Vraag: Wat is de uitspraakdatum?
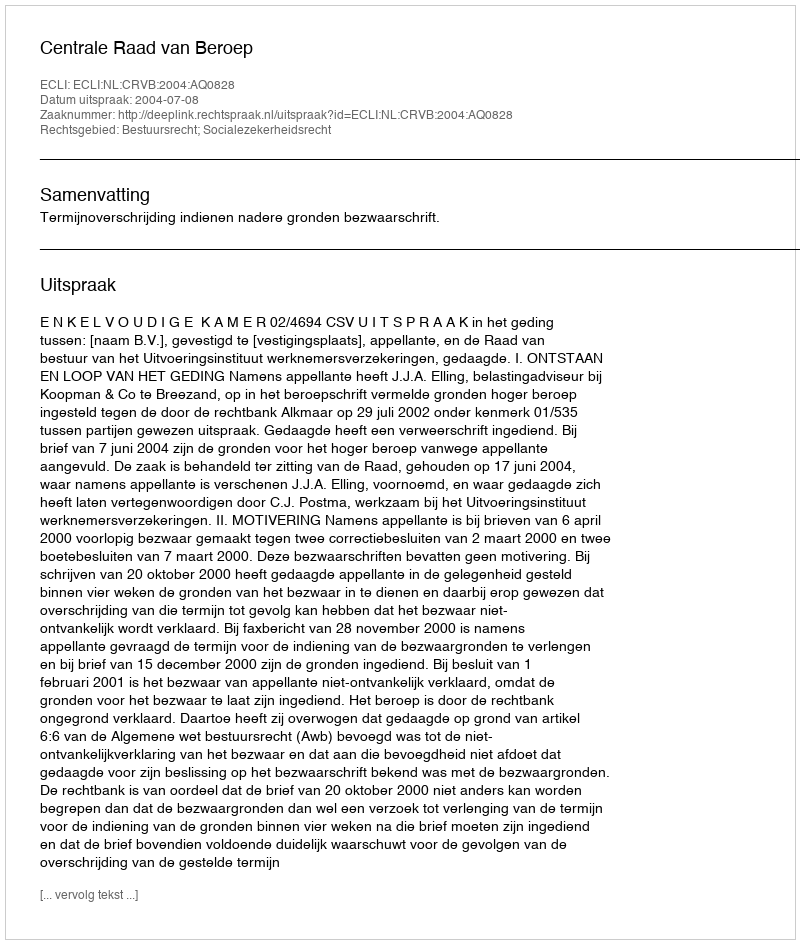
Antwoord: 2004-07-08